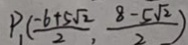
P _ { 1 } ( \frac { - 6 + 5 \sqrt { 2 } } { 2 } , \frac { 8 - 5 \sqrt { 2 } } { 2 } )